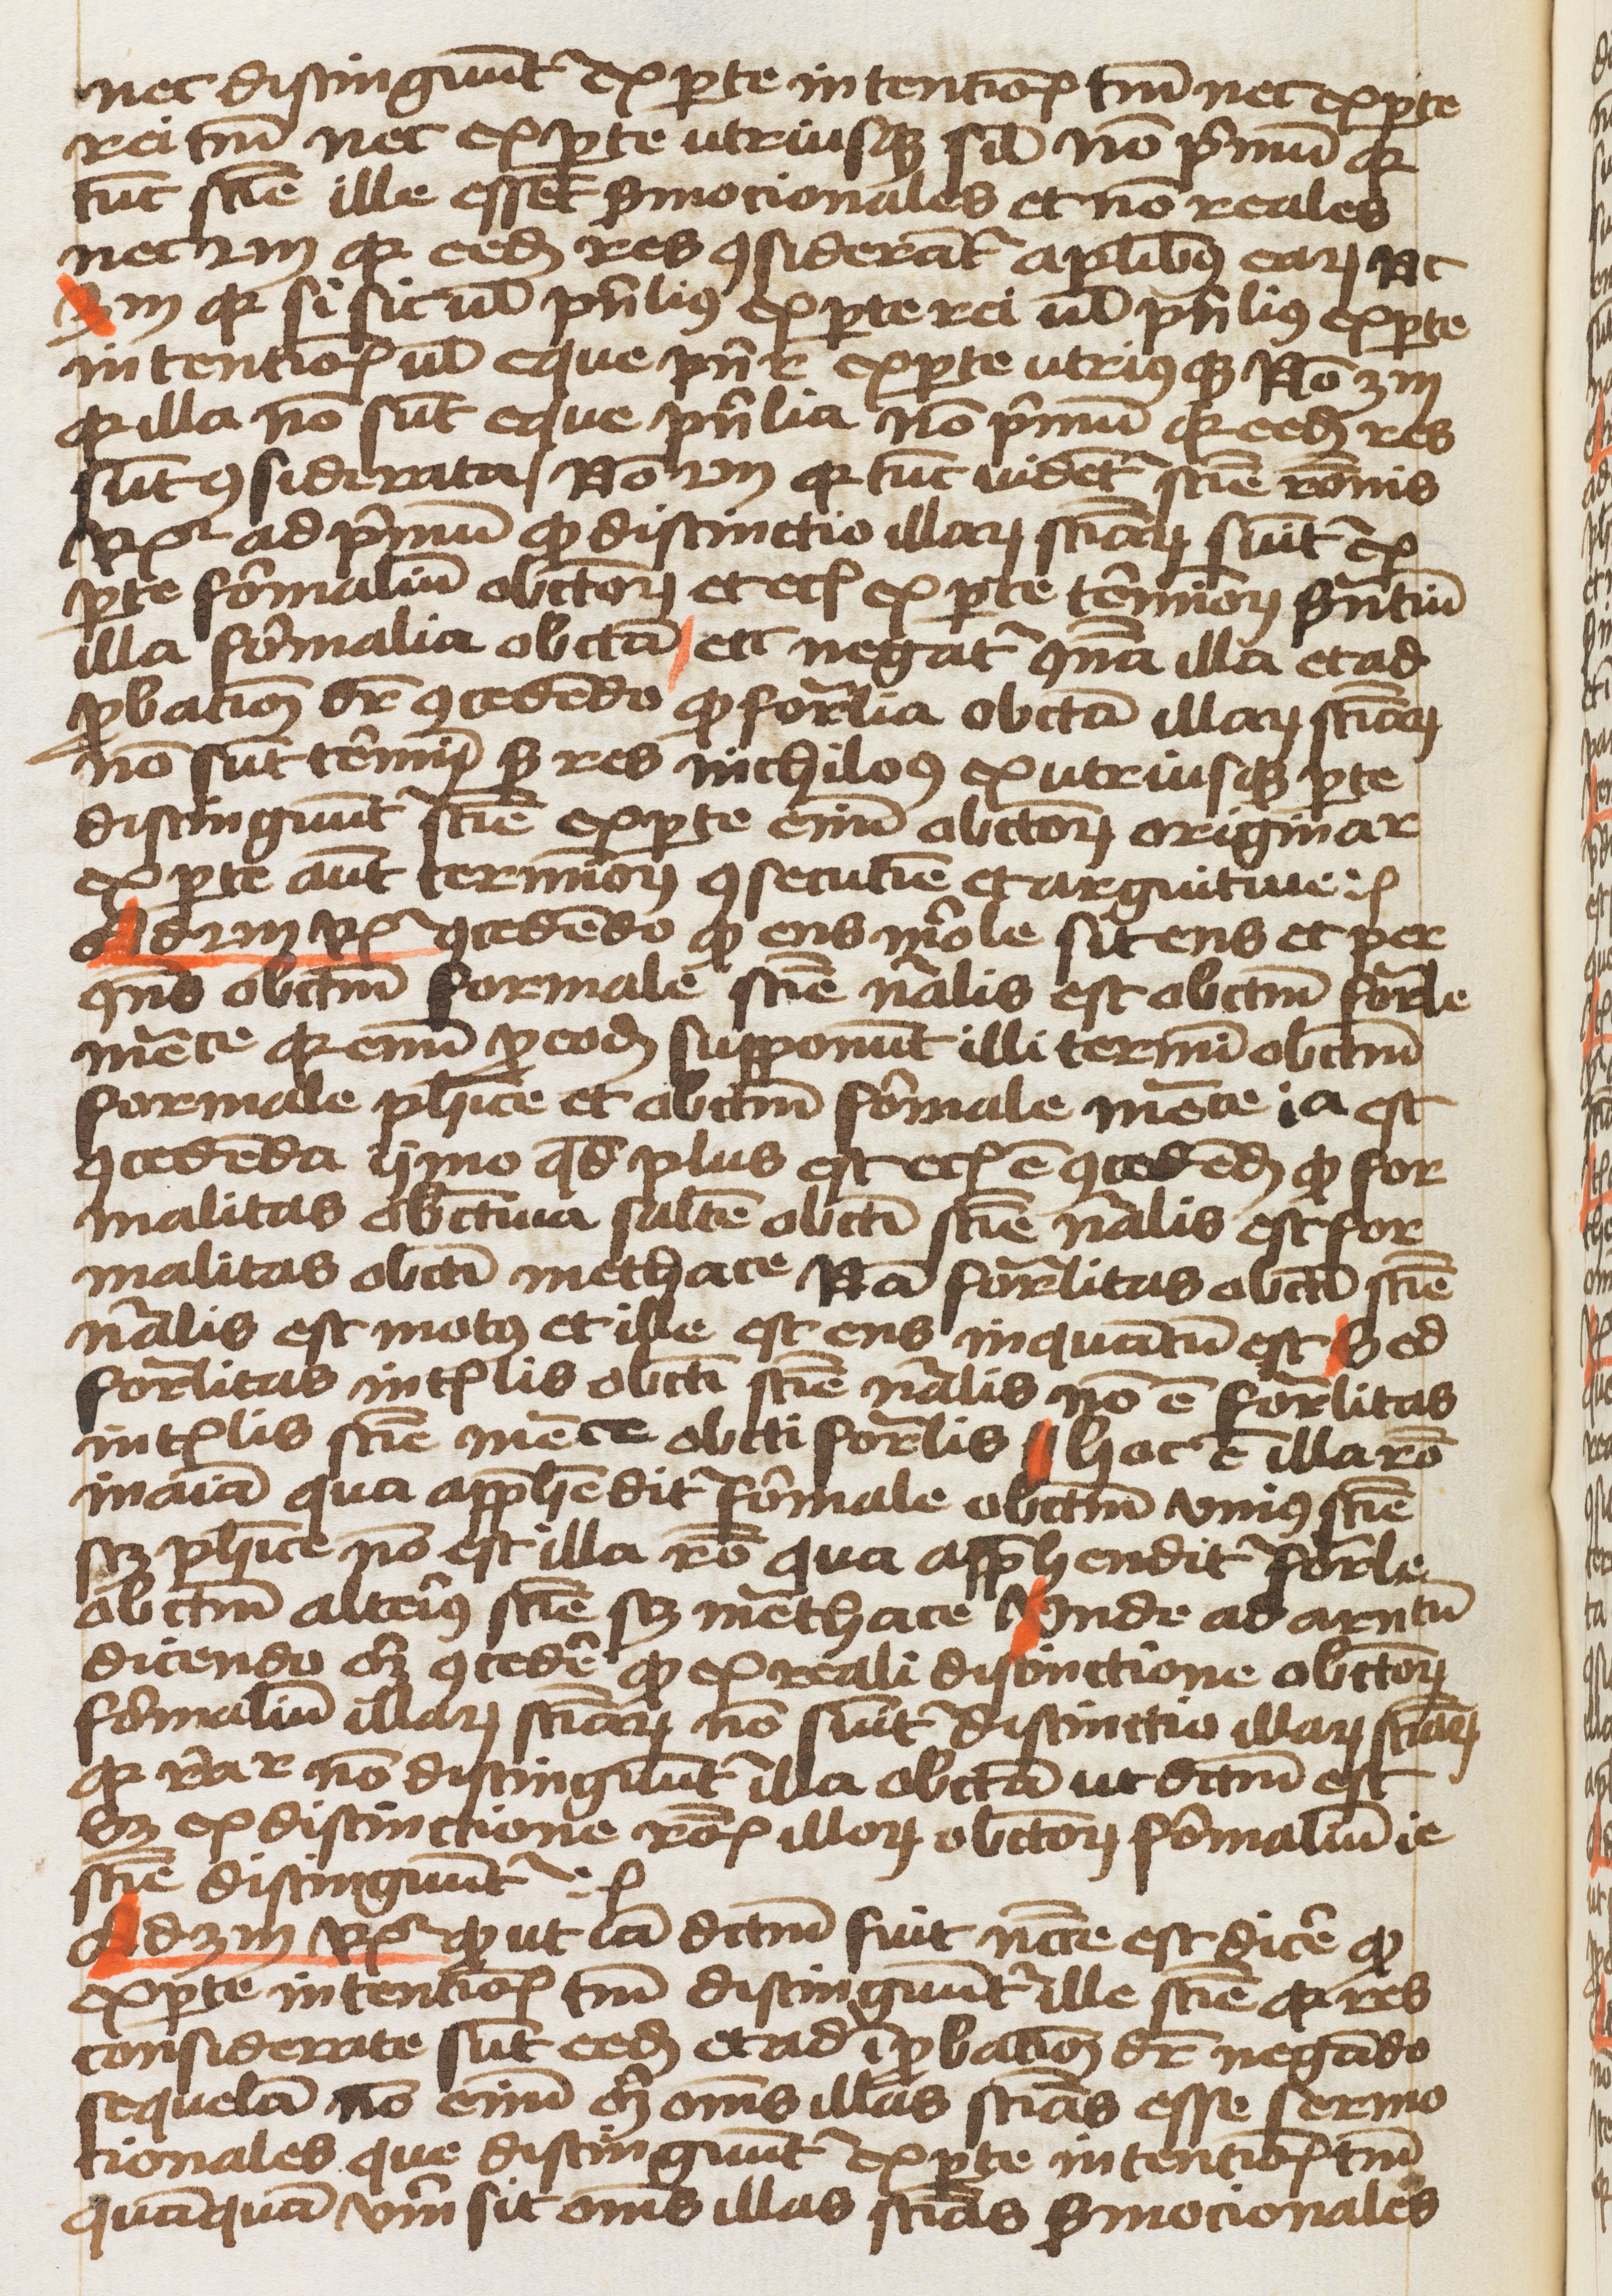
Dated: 1459–1459